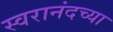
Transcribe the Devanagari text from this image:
स्वरानंदच्या